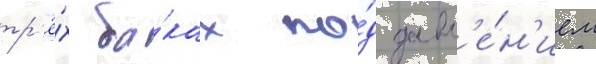
тр'ё́х ба́ках по́д давл'е́н'ием